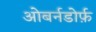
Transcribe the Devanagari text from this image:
ओबर्नडोर्फ़